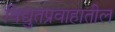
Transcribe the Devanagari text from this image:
विद्युतप्रवाहातील